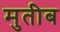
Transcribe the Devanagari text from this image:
मुतीब